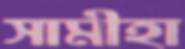
সামীহা